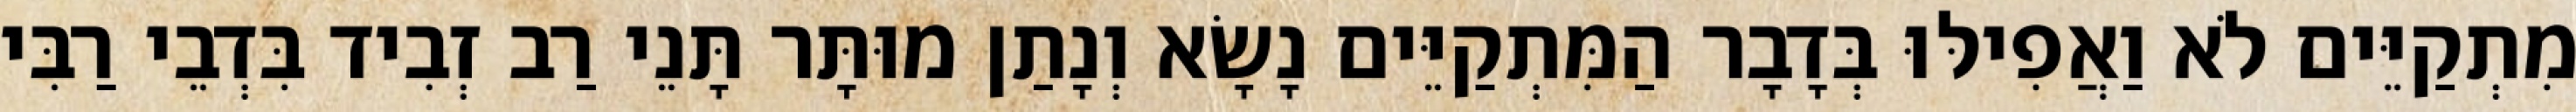
מִתְקַיֵּים לֹא וַאֲפִילּוּ בְּדָבָר הַמִּתְקַיֵּים נָשָׂא וְנָתַן מוּתָּר תָּנֵי רַב זְבִיד בִּדְבֵי רַבִּי